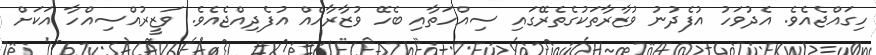
ހިގައްޖެއެވެ. އެދުވަހު އުފެދުނު ވުޒާރާތަކުގެތެރޭގައި ސިއްހަތާއި ބެހޭ ވުޒާރާއެއް އުފެދިއްޖެއެވެ. ވަޒީރުއްސިއްހާ އަކަށް